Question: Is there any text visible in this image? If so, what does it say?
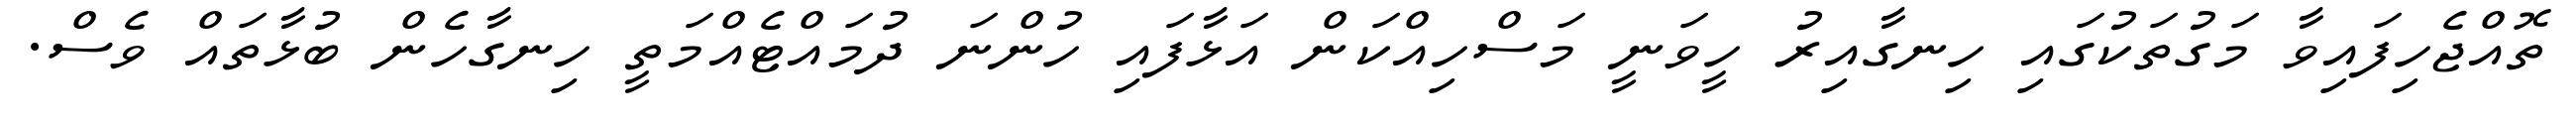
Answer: ތޮއްޖެހިފައިވާ މަގުތަކުގައި ހިނގާއިރު ހީވަނީ މަސްހިއްކަން އަޅާފައި ހުންނަ ދުމައްޓެއްމަތީ ހިނގާހެން ބުޅާތައް ވެސް.